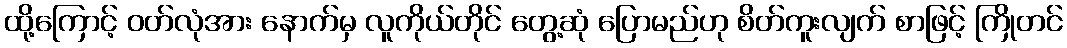
ထို့ကြောင့် ဝတ်လုံအား နောက်မှ လူကိုယ်တိုင် တွေ့ဆုံ ပြောမည်ဟု စိတ်ကူးလျက် စာဖြင့် ကြိုတင်